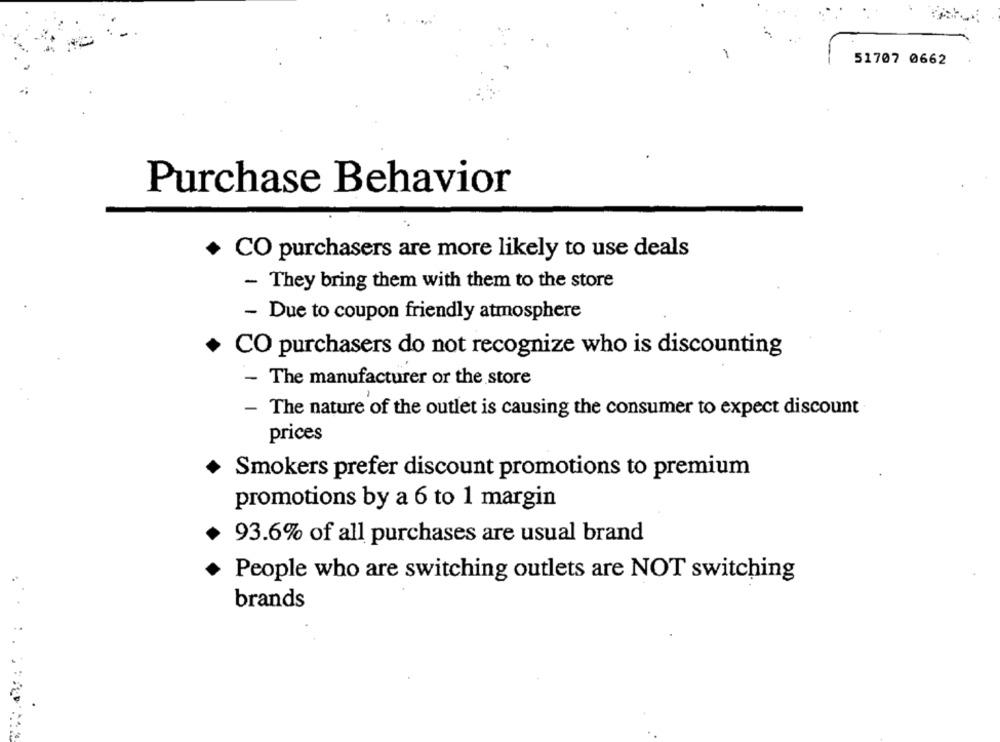
51707 0662
Purchase Behavior
+ CO purchasers are more likely to use deals
- They bring them with them to the store
- Due to coupon friendly atmosphere
+ CO purchasers do not recognize who is discounting
- The manufacturer or the store
- The nature of the outlet is causing the consumer to expect discount
prices
Smokers prefer discount promotions to premium
promotions by a 6 to 1 margin
93.6% of all purchases are usual brand
People who are switching outlets are NOT switching
brands